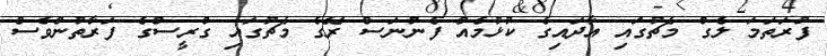
ފުރަތަމަ ލެގް މެޗުގައި އާދައިގެ ކުޅުމެއް ފެނުނަސް ރޭގެ މެޗުގައި ގްރީސްގެ ފަރާތުންވެސް